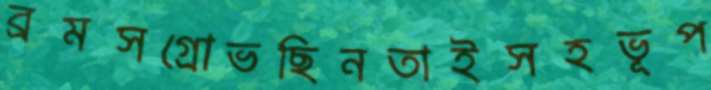
ব্রমসগ্রোভছিনতাইসহভূপ